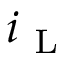
i _ { \mathrm { ~ L ~ } }